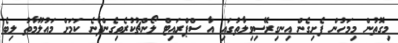
މިގޮތުން މިމަހުން ފެށިގެން އިނގިރޭސިވިލާތުގައި އާ ސްޕްރައިޓް ލޯންޗުކުރެވިގެންދާނެ ކަމަށް މައުލޫމާތު ލިބެ